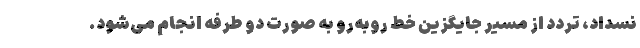
نسداد، تردد از مسیر جایگزین خط روبه‌رو به صورت دو طرفه انجام می‌شود.